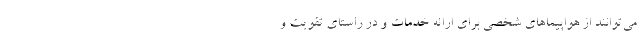
می‌توانند از هواپیماهای شخصی برای ارائه خدمات و در راستای تقویت و